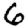
Digit: 6